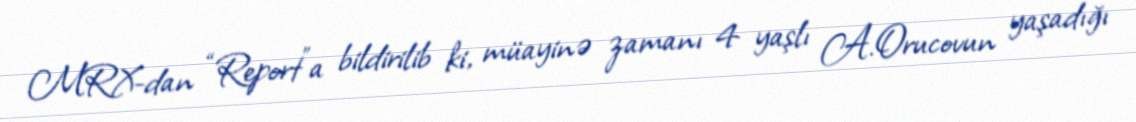
MRX-dan “Report”a bildirilib ki, müayinə zamanı 4 yaşlı A.Orucovun yaşadığı